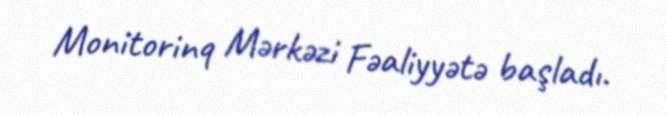
Monitorinq Mərkəzi Fəaliyyətə başladı.